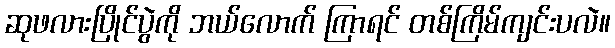
ဆုဖလားပြိုင်ပွဲကို ဘယ်လောက် ကြာရင် တစ်ကြိမ်ကျင်းပလဲ။